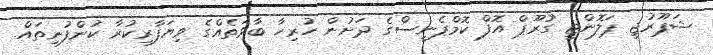
ޝަޕޫރުޖީ ޕަލޮންޖީ ގުރޫޕް އޮފް ކޮމްޕެނީސްގެ ދަށުން ހުރިހާ ބާވަތެއްގެ ވިޔަފާރިކުރާ ކުންފުނިތައް